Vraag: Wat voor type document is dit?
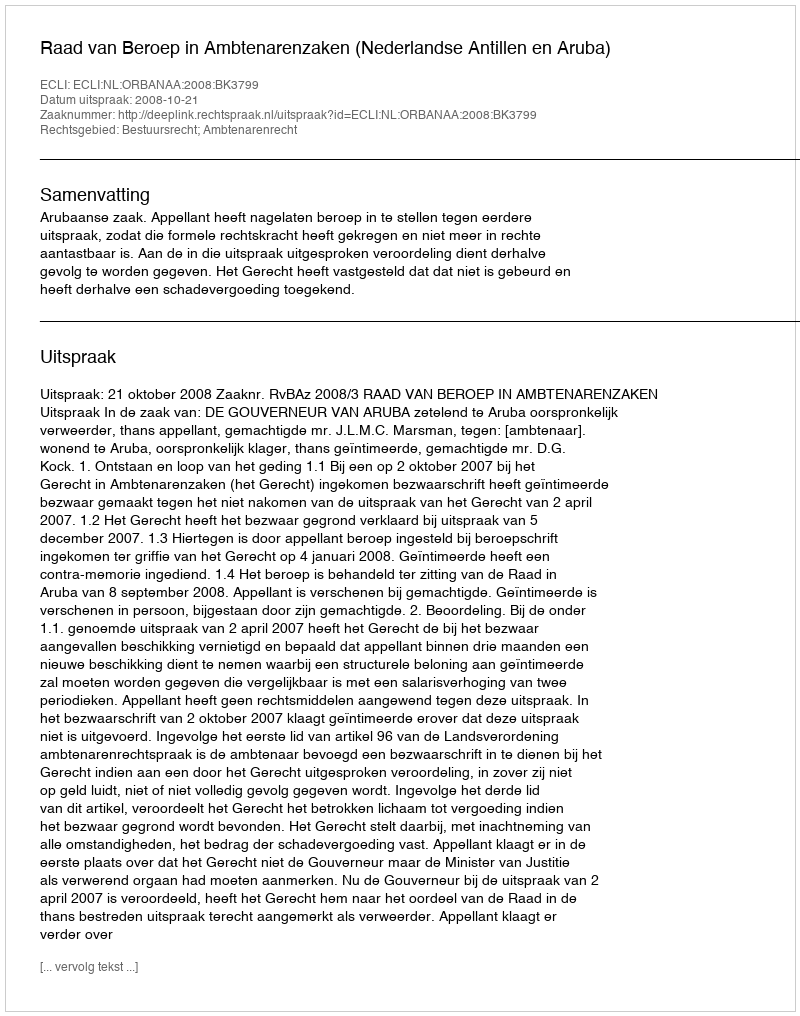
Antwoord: Uitspraak